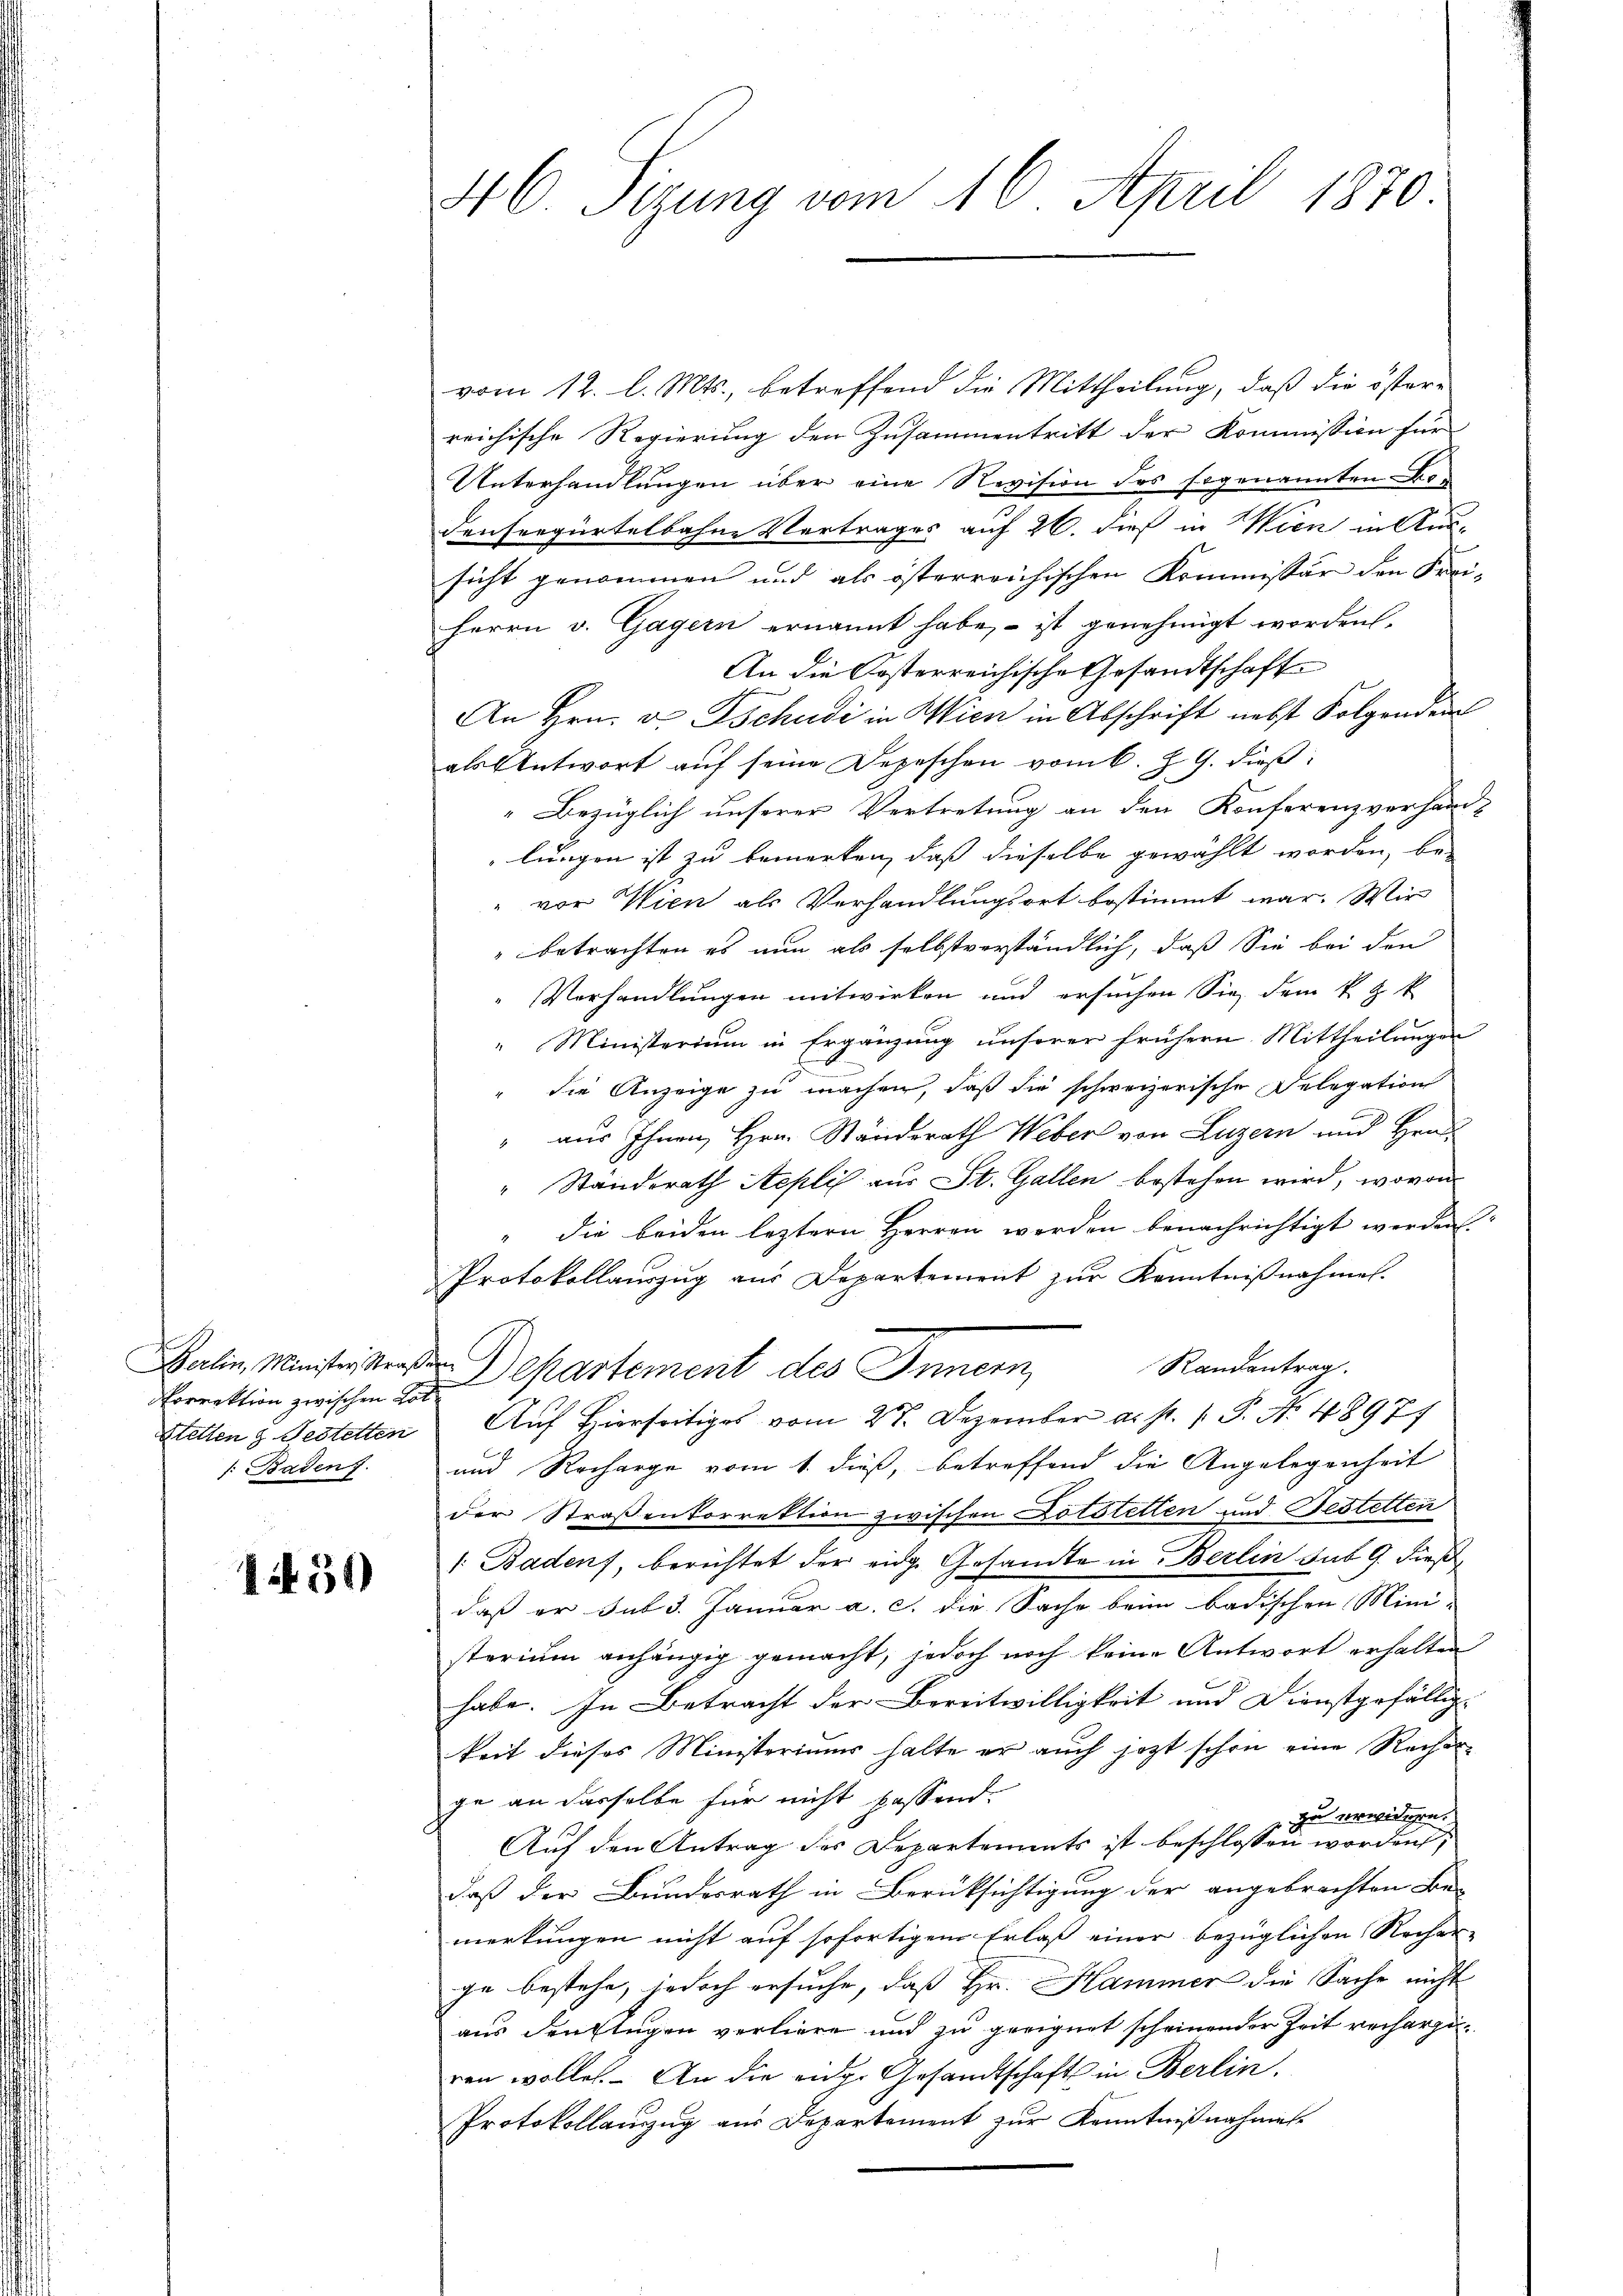
Norrektion zwischen Hot¬
Setten & Festetten

1430

46 Sizung vom 16. April 1870.

vom 12. l. Mts., betreffend die Mittheilung, daß die öster-
reichische Regierung den Zusammentritt der Kommission für
Unterhandlungen über eine Revision des sogenannten Bedensergürtelbahne Vertrages auf 26. dieß in Wien in Aus-
sicht genommen und als österreichischen Kommissär den Frei-
Herrn v. Gagern ernannt habe, – ist genehmigt worden.
An die Kosterreichische Gesandtschaft
An Hrn. v. Tschudi in Wien in Abschrift nebst Folgenden
als Antwort auf seine Depeschen vom 6. Z. G. dieß:
Bezüglich unserer Vertretung an den Konferenzverhand-
lungen ist zu bemerken, daß dieselbe gewählt worden, be-
vor Wien als Verhandlungsort bestimmt war. Wir
" betrachten es nun als selbstverständlich, daß Sie bei den
Verhandlungen mitwirken und ersuchen Sie dem k. k. k
" Ministerium in Ergänzung unserer frühern Mittheilungen
die Anzeige zu machen, daß die schweizerische Delegation
1
" aus Ihnen, Hrn. Standsrath Weber von Luzern und Hrn.
" Ständerath Aepli aus St. Gallen bestehen wird, wovon
die beiden leztern Herren werden benachrichtigt werden
Protokollauszug aus Departement zur Kenntnißnahme.
Balin Ministristersten Departement des Innern Randentrag.
Auf Hierseitig vom 28. Dezember a. p. 1. P. Nr. 4897
1. Badenf. und Recharge vom 1. dieß, betreffend die Angelegenheit
der Straßenkorrektion zwischen Lötstetten und Festetten
/. Badens, berichtet der eige Gesandte in Berlin sub 9. dieß
daß er sub 3. Januar a. c. die Sache beim badischen Mini-
sterium anhängig gemacht, jedoch noch keine Antwort erhalten
habe. In Betracht der Bereitwilligkeit und Dienstgefällig-
keit dieses Ministeriums halte er auch jezt schon eine Rechenge an dasselbe für nicht passend.
zu erwidgen.
Auf den Antrag des Departements ist beschlossen worden,
daß der Bundesrath in Berüksichtigung der angebrachten Be-
merkungen nicht auf sofortigem Erlaß einer bezüglichen Recher-
ge bestehe, jedoch ersuche, daß Hr. Hammer die Sache nicht
aus denstigen verliere und zu geeignet scheinender Zeit recharze
ren wollen. An die eider Gesandtschaft in Berlin.
Protokollanzzug aus Departement zur Kenntnißnahme